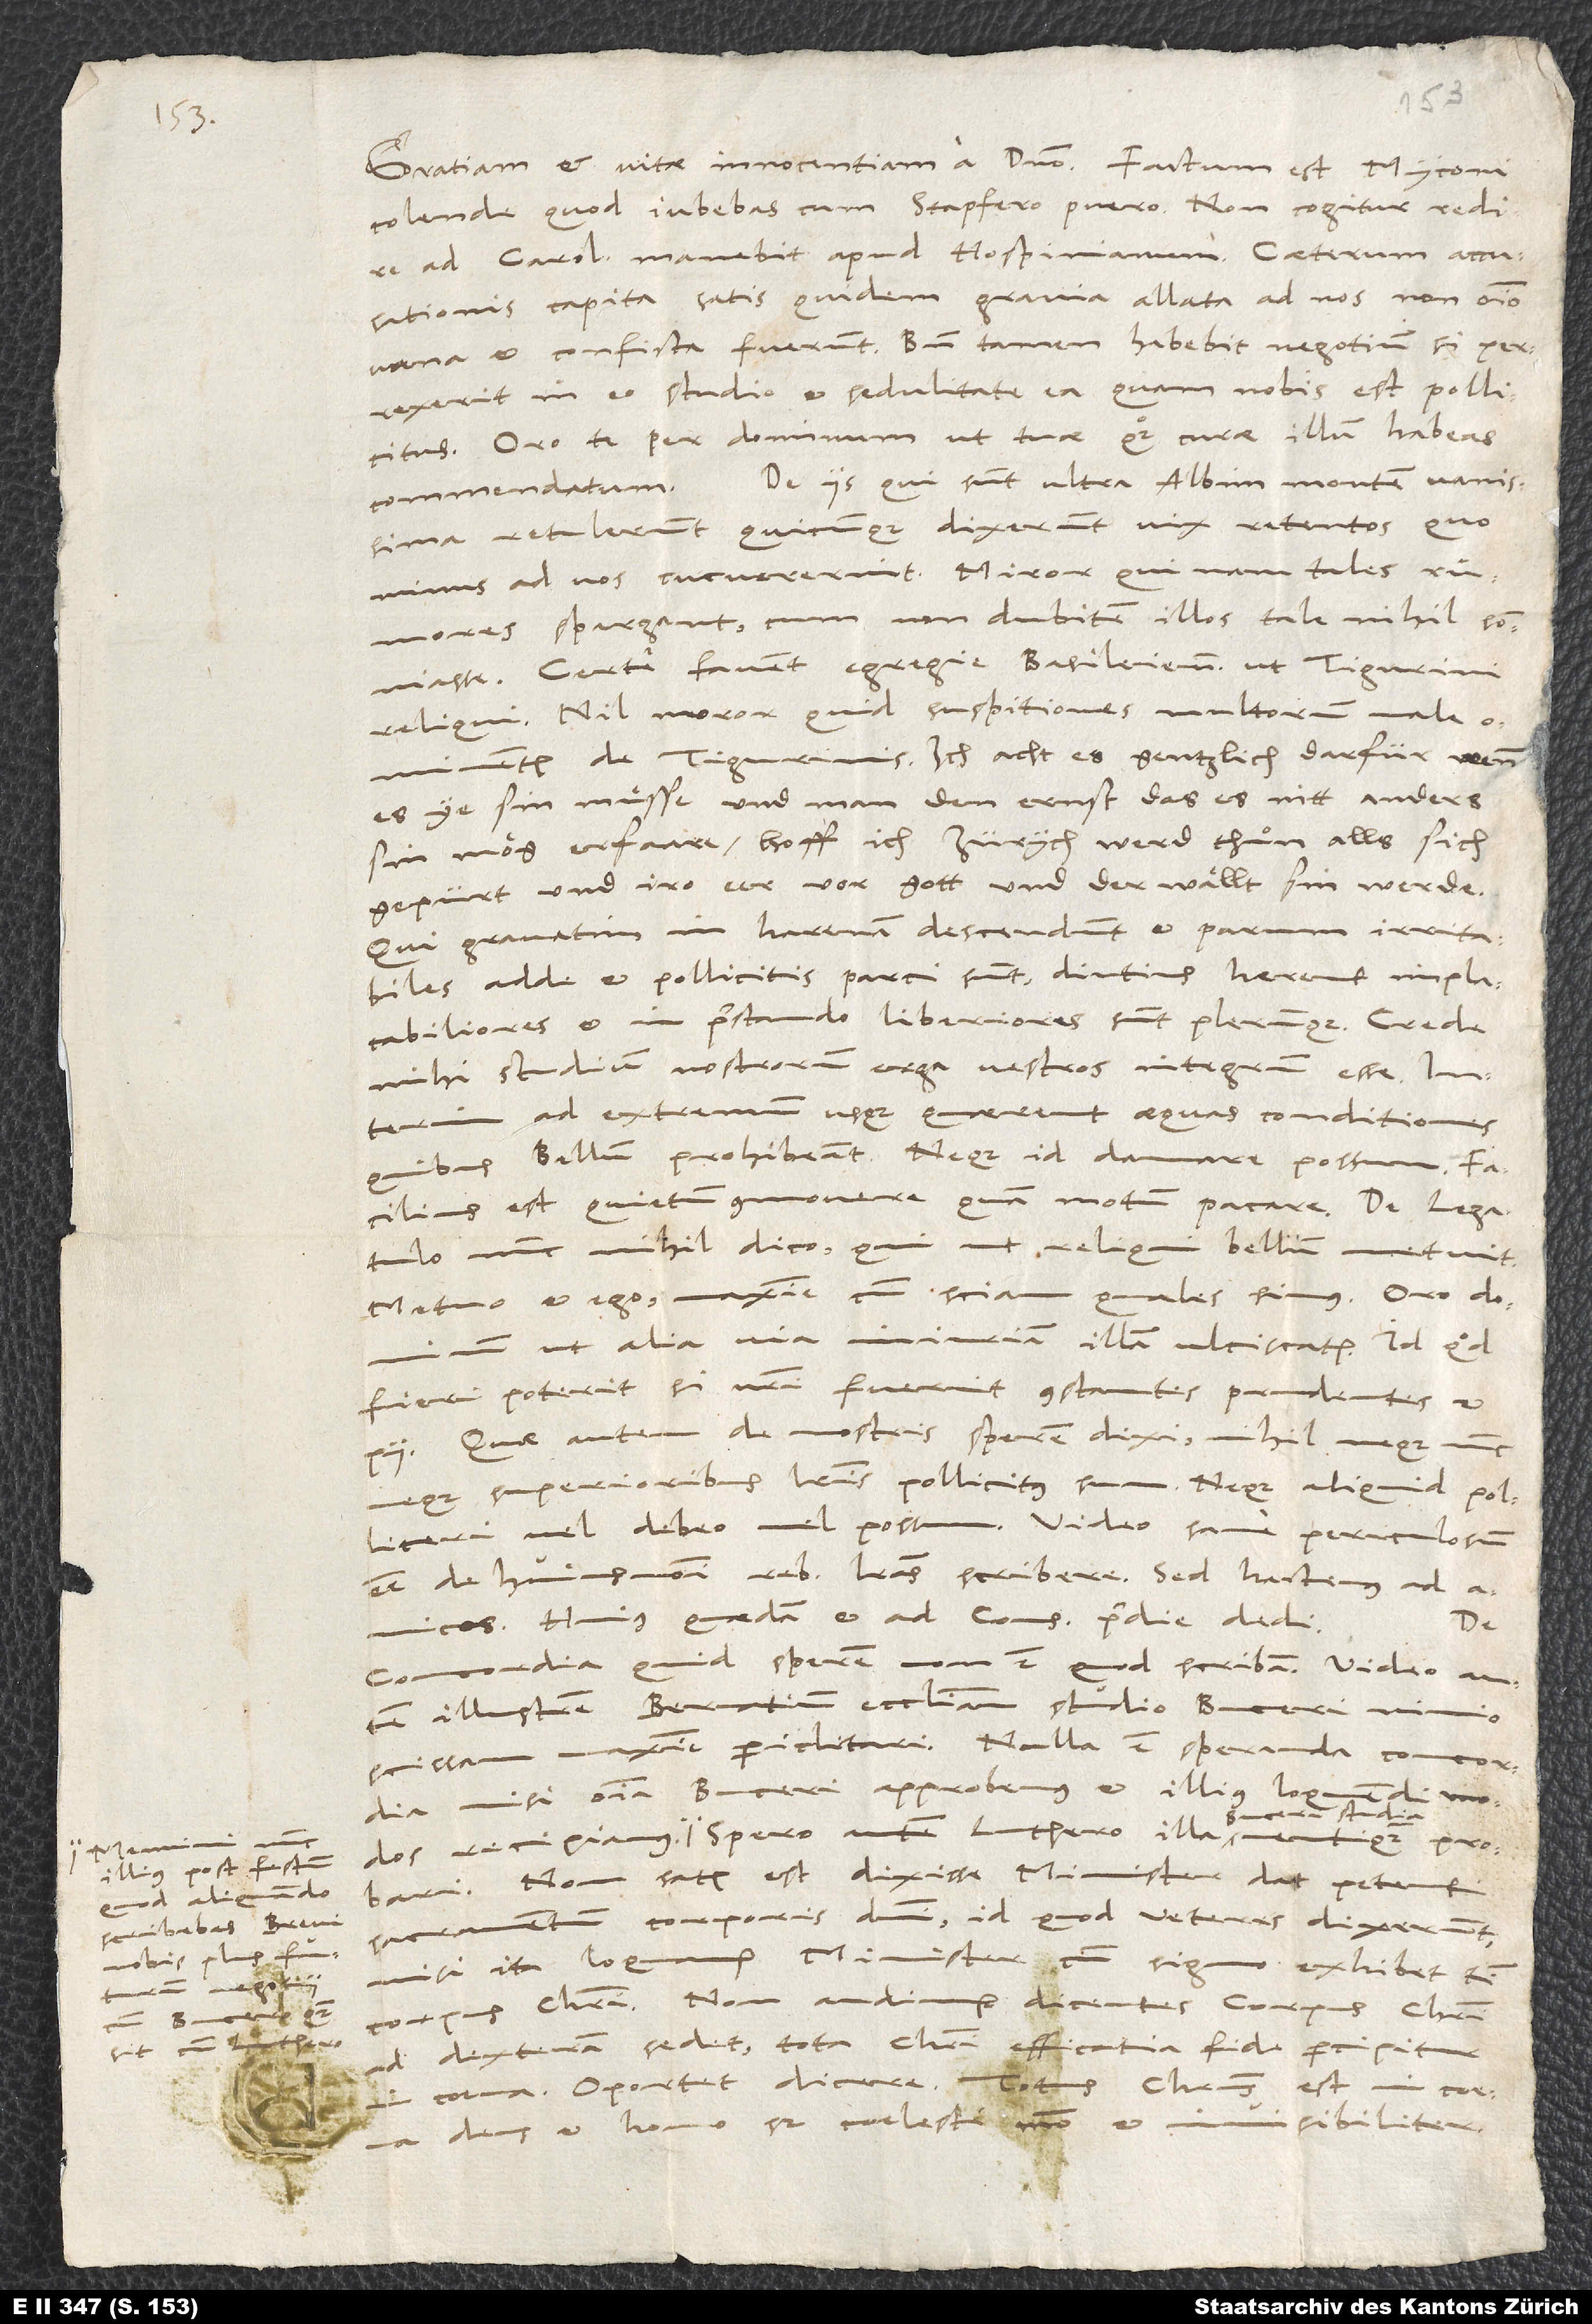
illius post festum,
quod aliquando
scribebas brevi
nobis plus
negotii
sit cum Luthero.

1538.
colende, quod iubebas, cum Stapfero puero; non cogitur redire
ad Carol, manebit apud Hospinianum. Caeterum accusationis
capita satis quidem gravia allata ad nos non omnino
vana et conficta fuerunt. Bene tamen habebit negotium, si perrexerit
in eo studio et sedulitate ea, quam nobis est pollicitus.
Oro te per dominum, ut tuae quoque curae illum habeas
De iis, qui sunt ultra Albim montem, vanissima
commendatum.
retulerunt, quicunque dixerunt vix retentos, quo
minus ad vos cucurrerint. Miror, qui nam tales
rumores spargant, cum non dubitem illos tale nihil somniasse.
Certe favent egregie Basileiensibus ut Tigurini
reliqui. Nil moror, quid suspitiones multorum male
ominentur de Tigurinis. Ich acht es gentzlich darfür, wenn
es ye sin muͤsse und man den ernst, das es nitt anders
sin mög, erfaare, hoff ich, Zürych werd thuͦn, alls sich
gepürt und iro eer vor gott und der wällt sin werde.
Qui gravatim in harenam descendunt et parum irritabiles,
adde: et pollicitis parci sunt, diutius herent implacabiliores
et in praestando liberiores sunt plerunque. Crede
mihi studium nostrorum erga vestros integrum esse.
ad extremum usque quaerent aequas conditiones,
quibus bellum prohibeant, neque id damnare possum. Facilius
est quietum commovere quam motum pacare. De legatulo
nunc nihil dico, qui ut reliqui bellum metuit.
Metuo et ego, maxime, cum sciam, quales simus. Oro dominum,
ut alia via iniuriam illam ulciscatur, id quod
fieri poterit, si vestri fuerint constantes, prudentes et
pii. Quae autem de nostris sperem, dixi; nihil neque nunc
neque superioribus literis pollicitus sum. Neque aliquid polliceri
vel debeo vel possum. Video sane periculosum
esse de huiusmodi rebus literas scribere. Sed hactenus ad
amicos. Huius quaedam et ad consulem pridie dedi.
De
concordia quid sperem, non est, quod scribam. Video autem
illustrem Bernatium ecclesiam studio Buceri nimio
maxime periclitari. Nulla est speranda concordia,
nisi omnia Buceri approbemus et illius loquendi modos
Non satis est dixisse: „Minister dat petenti
sacramentum corporis domini“, id quod veteres dixerunt,
nisi ita loquamur: „Minister cum signo exhibet tibi
corpus Christi.“ Non audimur dicentes: „Corpus Christi
ad dexteram sedet, tota Christi efficatia fide percipitur
est in coena,
coena“; oportet dicere: „Totus Christus
deus et homo, sed coelesti modo et